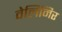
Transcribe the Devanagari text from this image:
वेलिमिर